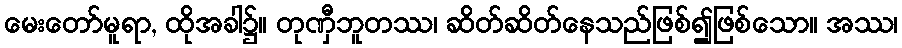
မေးတော်မူရာ, ထိုအခါ၌။ တုဏှီဘူတဿ၊ ဆိတ်ဆိတ်နေသည်ဖြစ်၍ဖြစ်သော။ အဿ၊